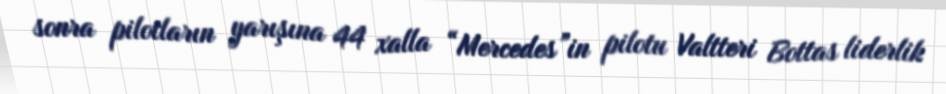
sonra pilotların yarışına 44 xalla “Mercedes”in pilotu Valtteri Bottas liderlik